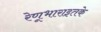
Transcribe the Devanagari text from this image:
रेणूभाराइतके